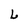
Character: L